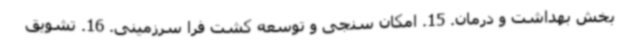
بخش بهداشت و درمان. 15. امکان سنجی و توسعه کشت فرا سرزمینی. 16. تشویق